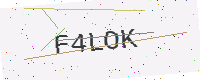
Text: F4LOK